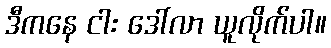
ဒီကနေ ငါး ဒေါ်လာ ယူလိုက်ပါ။